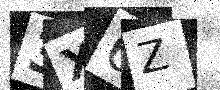
Text: 3X6Z